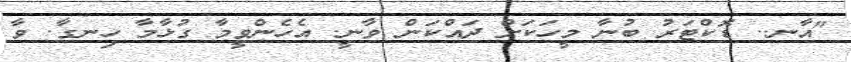
"އާނ.. ޑޮކްޓަރު ބުނާ މީހަކަށް ދައްކަން ވާނީ. އެހެންވީމާ ގުޅާމާ ހިނގާ. ވާ